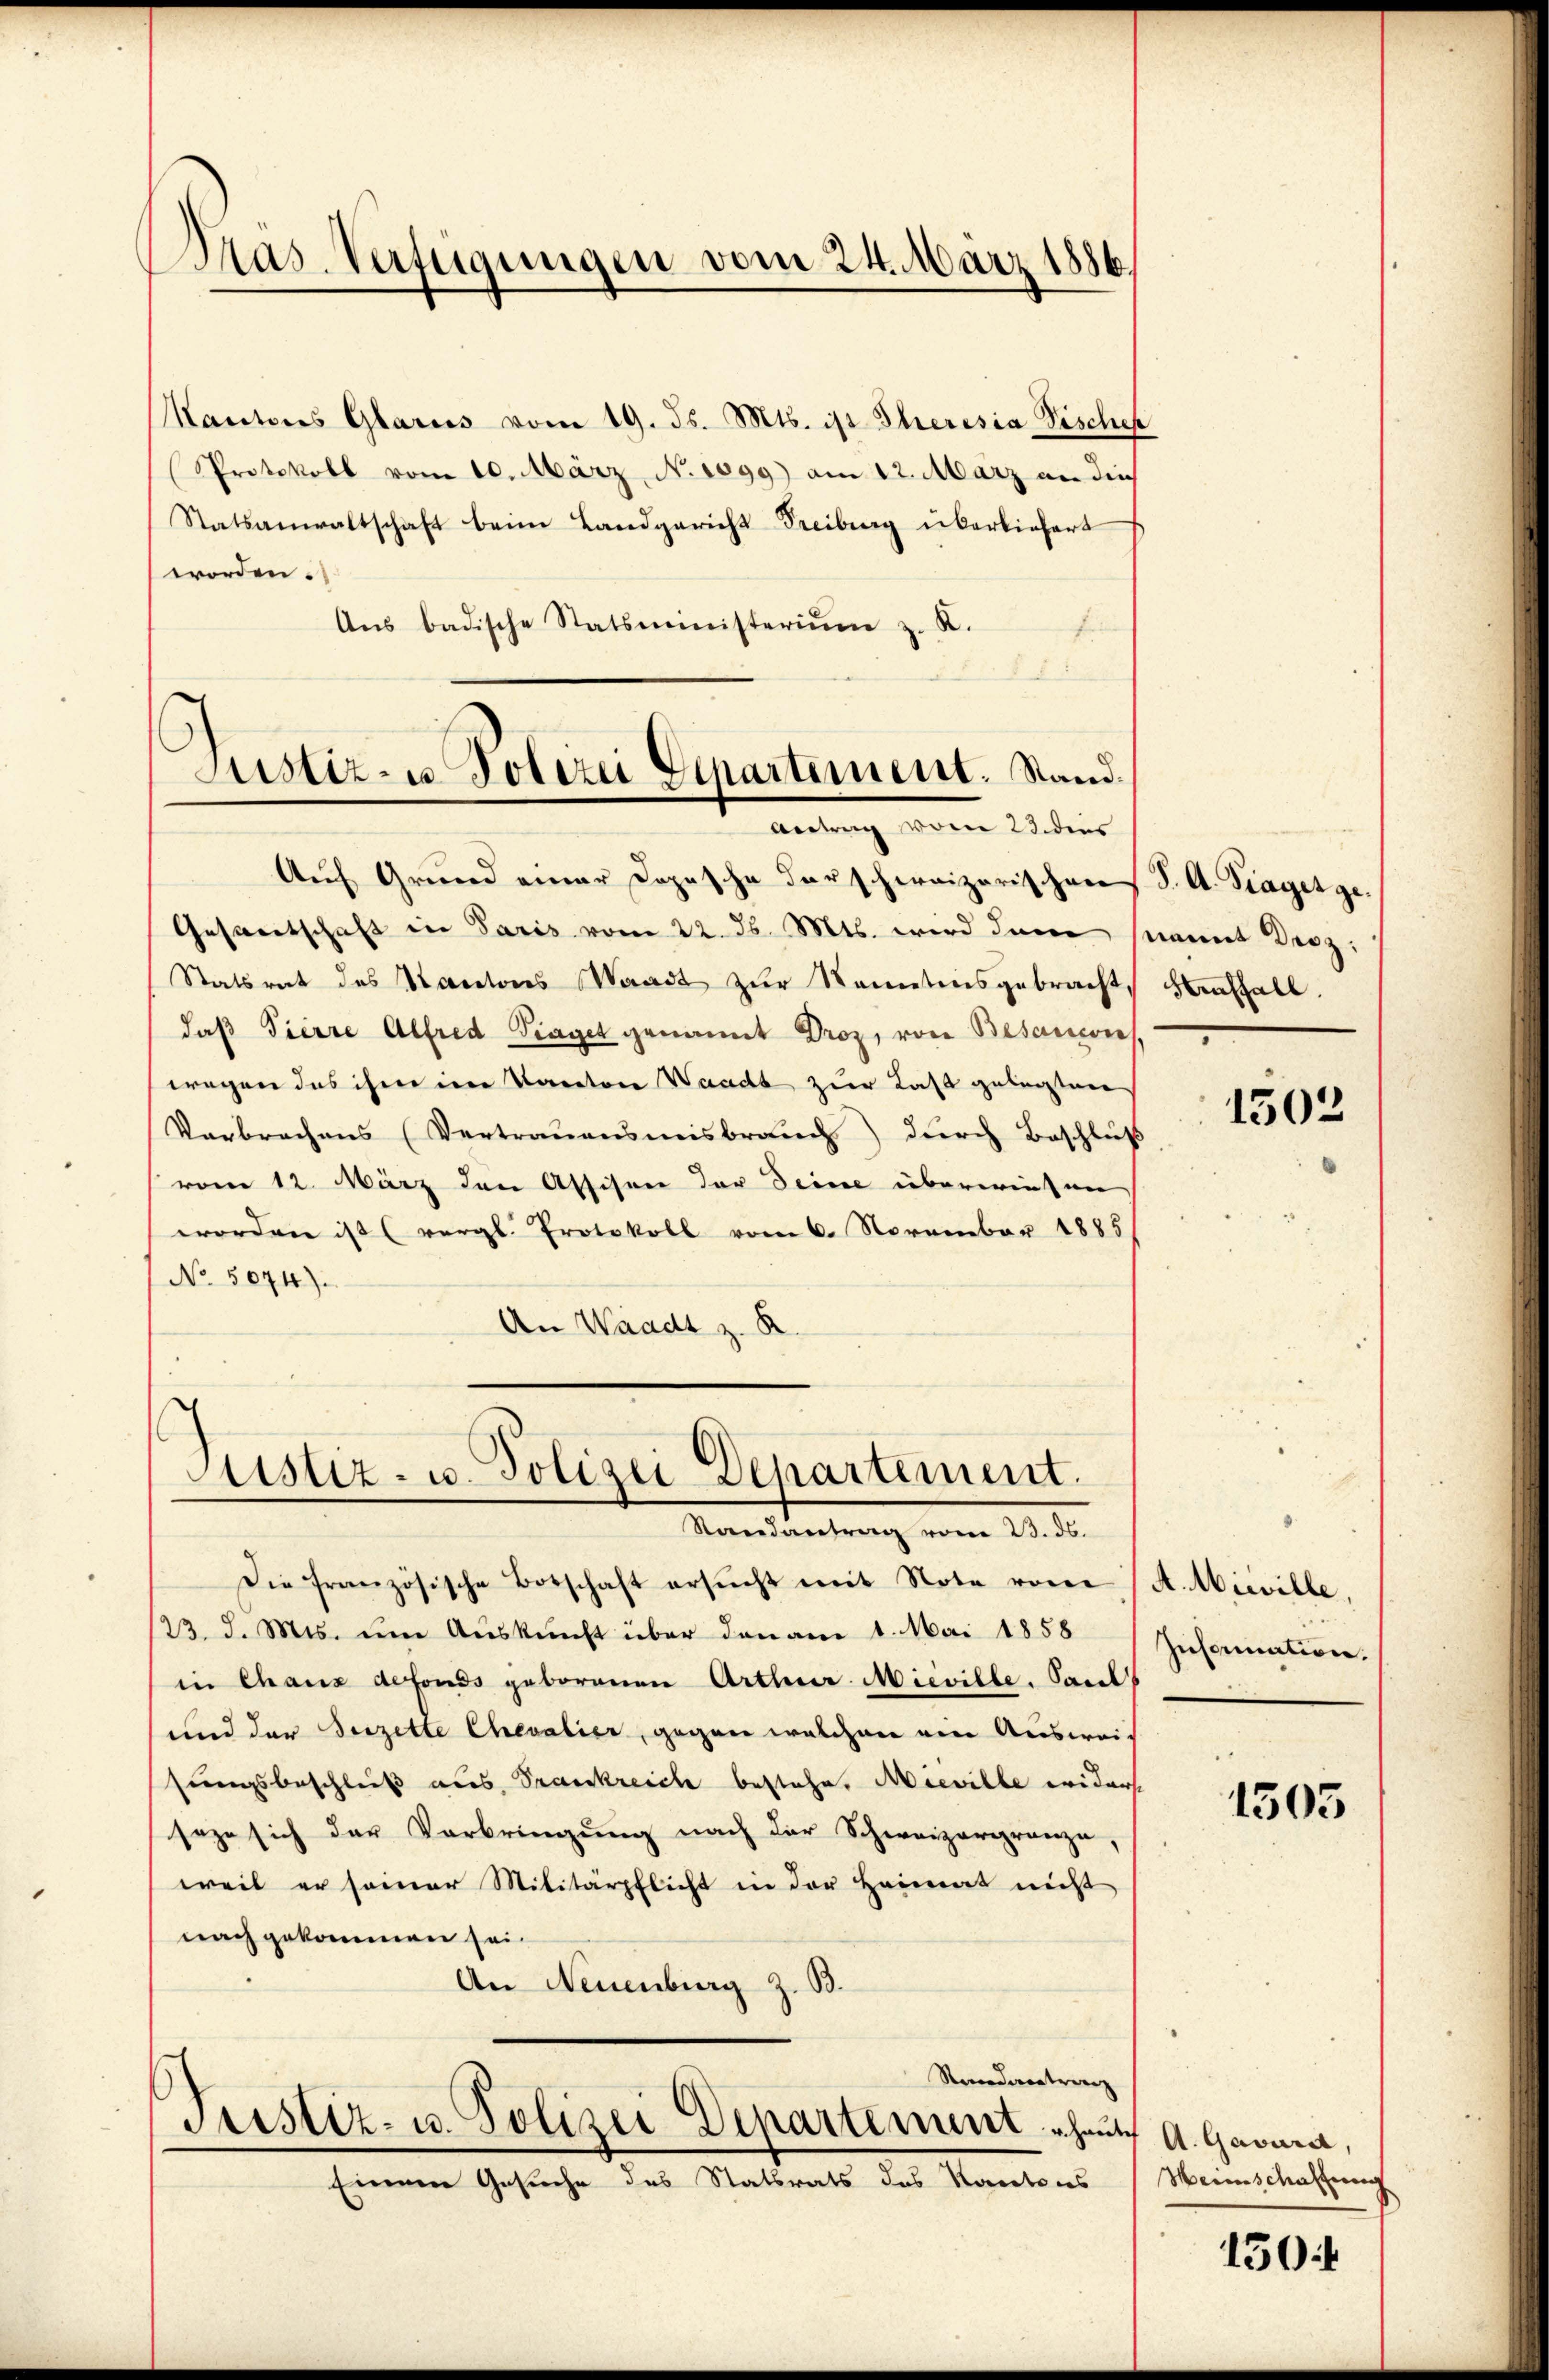
Pras. Verfügungen vom 24. März 1886.

Justiz- u. Polizei Departement. Stand.
Antrag vom 23. dies

Justiz- u. Polizei Departement.
Mandentrag vom 10. d.

Kantons Glarus vom 19. ds. Mts. ist Theresia Tischeh
Protokoll vom 10. März, N. 1099) am 12. März an dies
Statsanwaltschaft beim Landgericht Freiburg überliefert
worden.
Aŭs badische Statsministeriŭm z. R.
f
874

Auf Grund einer Copische darschweizerischen S. A. Frages ge¬
Gesandtschaft in Paris vom 22. ds. Mts. wird dem damit Kerz¬
Statsrat des Kantons Waadt zur Nanetensgebracht, Kraffall.
daß Tierre Alfred Traget genannt Droz, von Besannes.
wegen das ihm im Kanton Waadt zur Last gelegten
Verbrechens (Vertrauensmeisbrauch) durch Beschluß
vom 12. März den Assisen der Seine überwiesen,
worden ist (vergl. Protokoll vom 6. November 1885
No 5674).
An Waadt z. R

Die französische Botschaft ersŭcht mit Note von A. Micille,
/23. d. Mts. ŭm Aŭskŭnft über den am 1. Mai 1858 Information
in Chaus defonds geborenen Arthur Mieville. Paul
und der Sezette Chevalier, gegen welchen ein Ausweisungsbeschließ aus Praenkreich bestehe. Mieville widerse
seze sich der Verbringung nach der Schweizergränze,
weil er seiner Militärpflicht in der Heimat nicht
nach gekommen sei.
An Neuenburg z. B.
Standeretrag
Justiz- u. Polizei Departement heute A. Gavura,
Einem Gesuche des Statsrats des Kantons

1502

1503

Weinschaftung

150